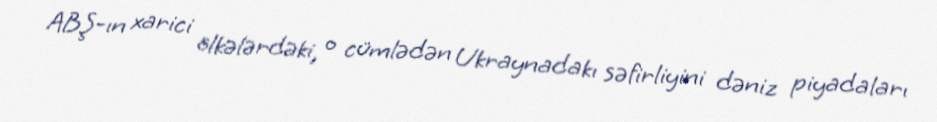
ABŞ-ın xarici ölkələrdəki, o cümlədən Ukraynadakı səfirliyini dəniz piyadaları